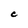
Character: C